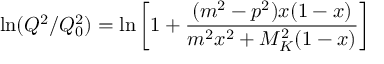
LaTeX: \ln ( Q ^ { 2 } / Q _ { 0 } ^ { 2 } ) = \ln \left[ 1 + \frac { ( m ^ { 2 } - p ^ { 2 } ) x ( 1 - x ) } { m ^ { 2 } x ^ { 2 } + M _ { K } ^ { 2 } ( 1 - x ) } \right]